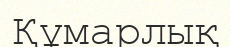
Құмарлық